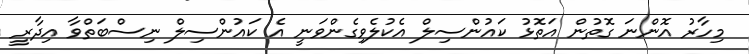
މިހާރު އޮންނަ ގޮތުން އަތޮޅު ކައުންސިލް އެކުލެވިގެންވަނީ އެ ކައުންސިލް ނިސްބަތްވާ އިދާރީ